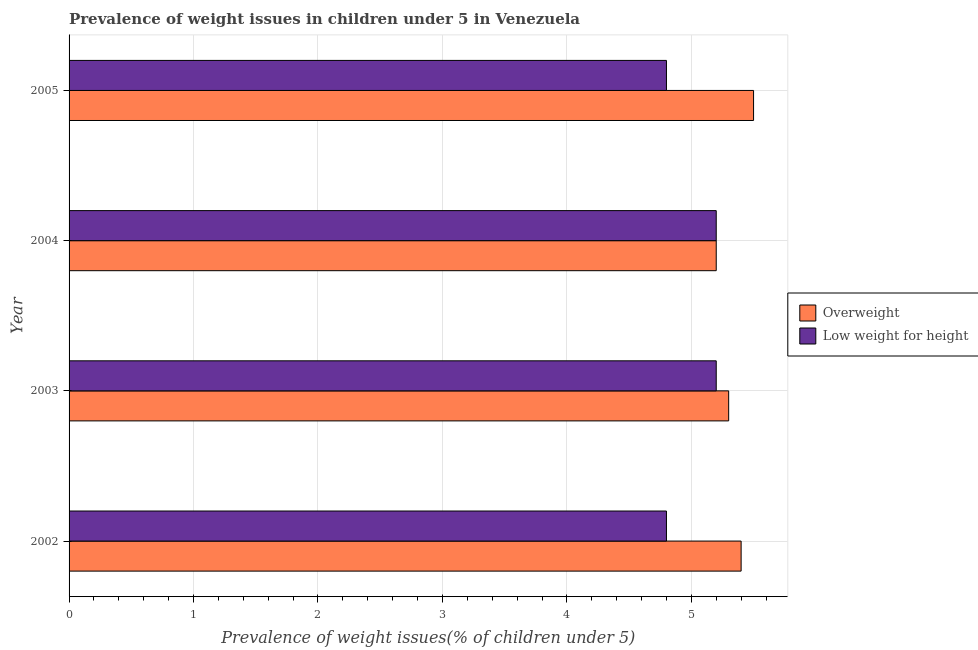
| Year | Overweight | Low weight for height |
 | --- | --- | --- |
 | 2002 | 5.4 | 4.8 |
 | 2003 | 5.3 | 5.2 |
 | 2004 | 5.2 | 5.2 |
 | 2005 | 5.5 | 4.8 |